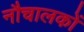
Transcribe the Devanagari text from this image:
नौचालकों